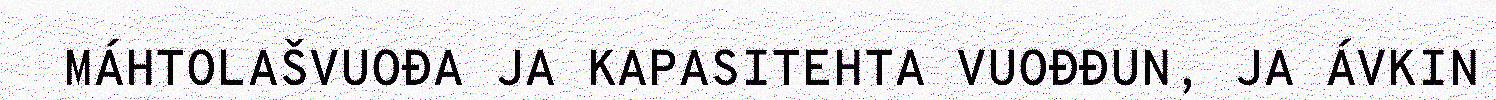
MÁHTOLAŠVUOĐA JA KAPASITEHTA VUOĐĐUN, JA ÁVKIN